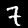
Label: 7